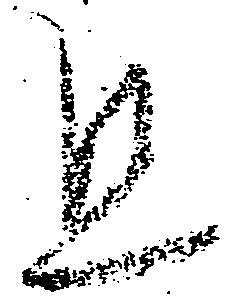
且